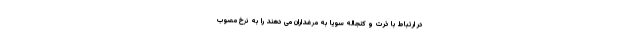
در ارتباط با ذرت و کنجاله سویا به مرغداران می دهند را به نرخ مصوب